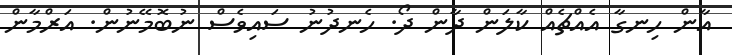
އާން ހިނގާ އެއްޗެއް ކާލަން ދާން ދޯ. ހެނދުނު ސައިވެސް ނުބޮމޭނުން. އަރްމާން